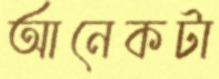
আনেকটা